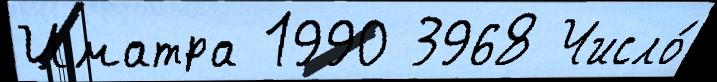
Иматра 1990 3968 Число́